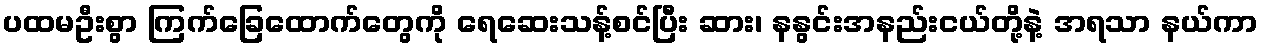
ပထမဦးစွာ ကြက်ခြေထောက်တွေကို ရေဆေးသန့်စင်ပြီး ဆား၊ နနွင်းအနည်းငယ်တို့နဲ့ အရသာ နယ်ကာ